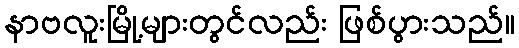
နာဗလူးမြို့များတွင်လည်း ဖြစ်ပွားသည်။